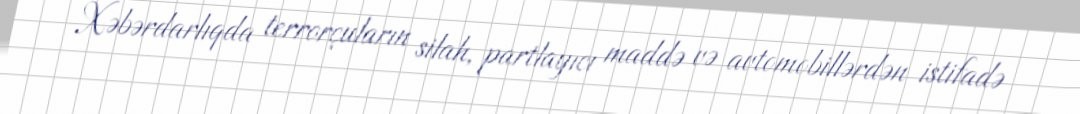
Xəbərdarlıqda terrorçuların silah, partlayıcı maddə və avtomobillərdən istifadə